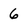
Character: 6